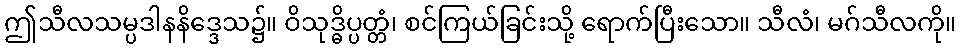
ဤသီလသမ္ပဒါနနိဒ္ဒေသ၌။ ဝိသုဒ္ဓိပ္ပတ္တံ၊ စင်ကြယ်ခြင်းသို့ ရောက်ပြီးသော။ သီလံ၊ မဂ်သီလကို။